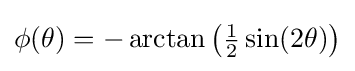
\phi (\theta )=-\arctan \left({\tfrac {1}{2}}\sin(2\theta )\right)